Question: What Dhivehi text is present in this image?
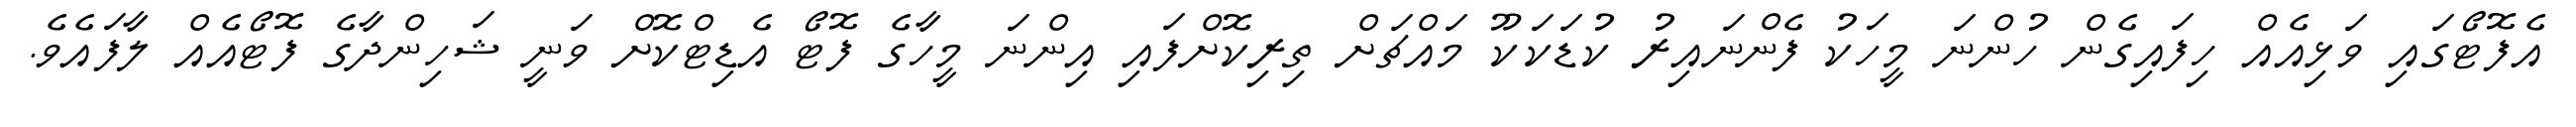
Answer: އެފޮޓޯގައި ވަޅިއެއް ހިފައިގެން ހުންނަ މީހަކު ފެންނައިރު ކުޑަކަކޫ މައްޗަށް ތިރިކޮށްފައި އިންނަ މީހާގެ ފޮޓޯ އެޑިޓްކޮށް ވަނީ ޝަހިންދާގެ ފޮޓޯއެއް ލާފައެވެ.